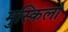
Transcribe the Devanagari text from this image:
मुस्किलो